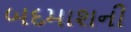
બદમાશની